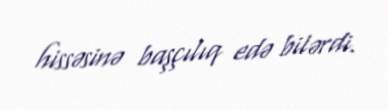
hissəsinə başçılıq edə bilərdi.